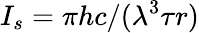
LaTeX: I_{s}=\pi hc/(\lambda^{3}\tau r)